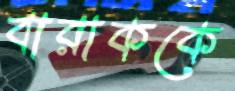
বারাককে